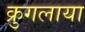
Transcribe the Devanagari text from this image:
क्रुगलाया